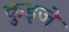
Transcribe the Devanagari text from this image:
कुइजे